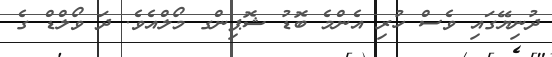
ދުނިޔޭގައި ވެސް ހުރި އެންމެ ބޮޑު ޝޮޕިންގ މޯލްއެވެ. ދަ ވޯލްޑް ގެ